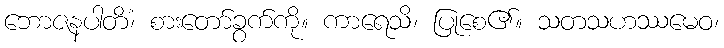
ဘောဇနပါတိံ၊ စားတော်ခွက်ကို။ ကာရေသိ၊ ပြုစေ၏။ သတသဟဿမေဝ၊